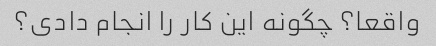
واقعا؟ چگونه این کار را انجام دادی؟